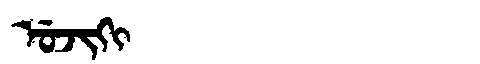
Manchu: ᡠᠵᡳᡴᡳ
Romanization: UJIKI